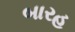
બારહ